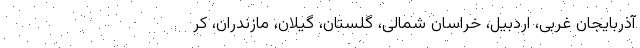
آذربایجان غربی، اردبیل، خراسان شمالی، گلستان، گیلان، مازندران، کر